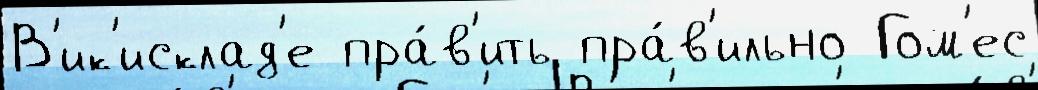
В'ик'исклад'е пра́в'ить пра́в'ильно Гом'ес